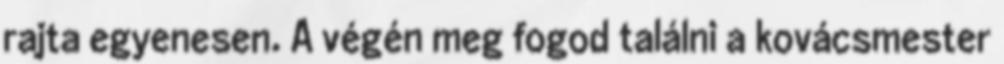
rajta egyenesen. A végén meg fogod találni a kovácsmester